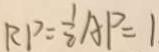
R P = \frac { 1 } { 2 } A P = 1